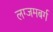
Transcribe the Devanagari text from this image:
लग्जमबर्ग